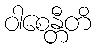
ဝါစေန္တီတိ